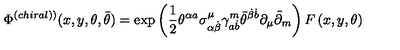
\Phi ^ { \left( c h i r a l ) \right) } ( x , y , \theta , \bar { \theta } ) = \exp \left( \frac 1 2 \theta ^ { \alpha a } \sigma _ { \alpha \dot { \beta } } ^ { \mu } \gamma _ { a \dot { b } } ^ { m } \bar { \theta } ^ { \dot { \beta } \dot { b } } \partial _ { \mu } \tilde { \partial } _ { m } \right) F \left( x , y , \theta \right)